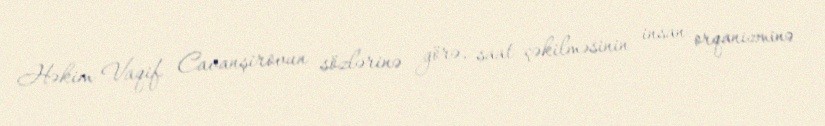
Həkim Vaqif Cavanşirovun sözlərinə görə, saat çəkilməsinin insan orqanizminə